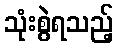
သုံးစွဲရသည့်